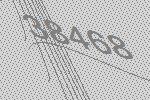
38468